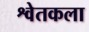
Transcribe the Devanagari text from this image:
श्वेतकला